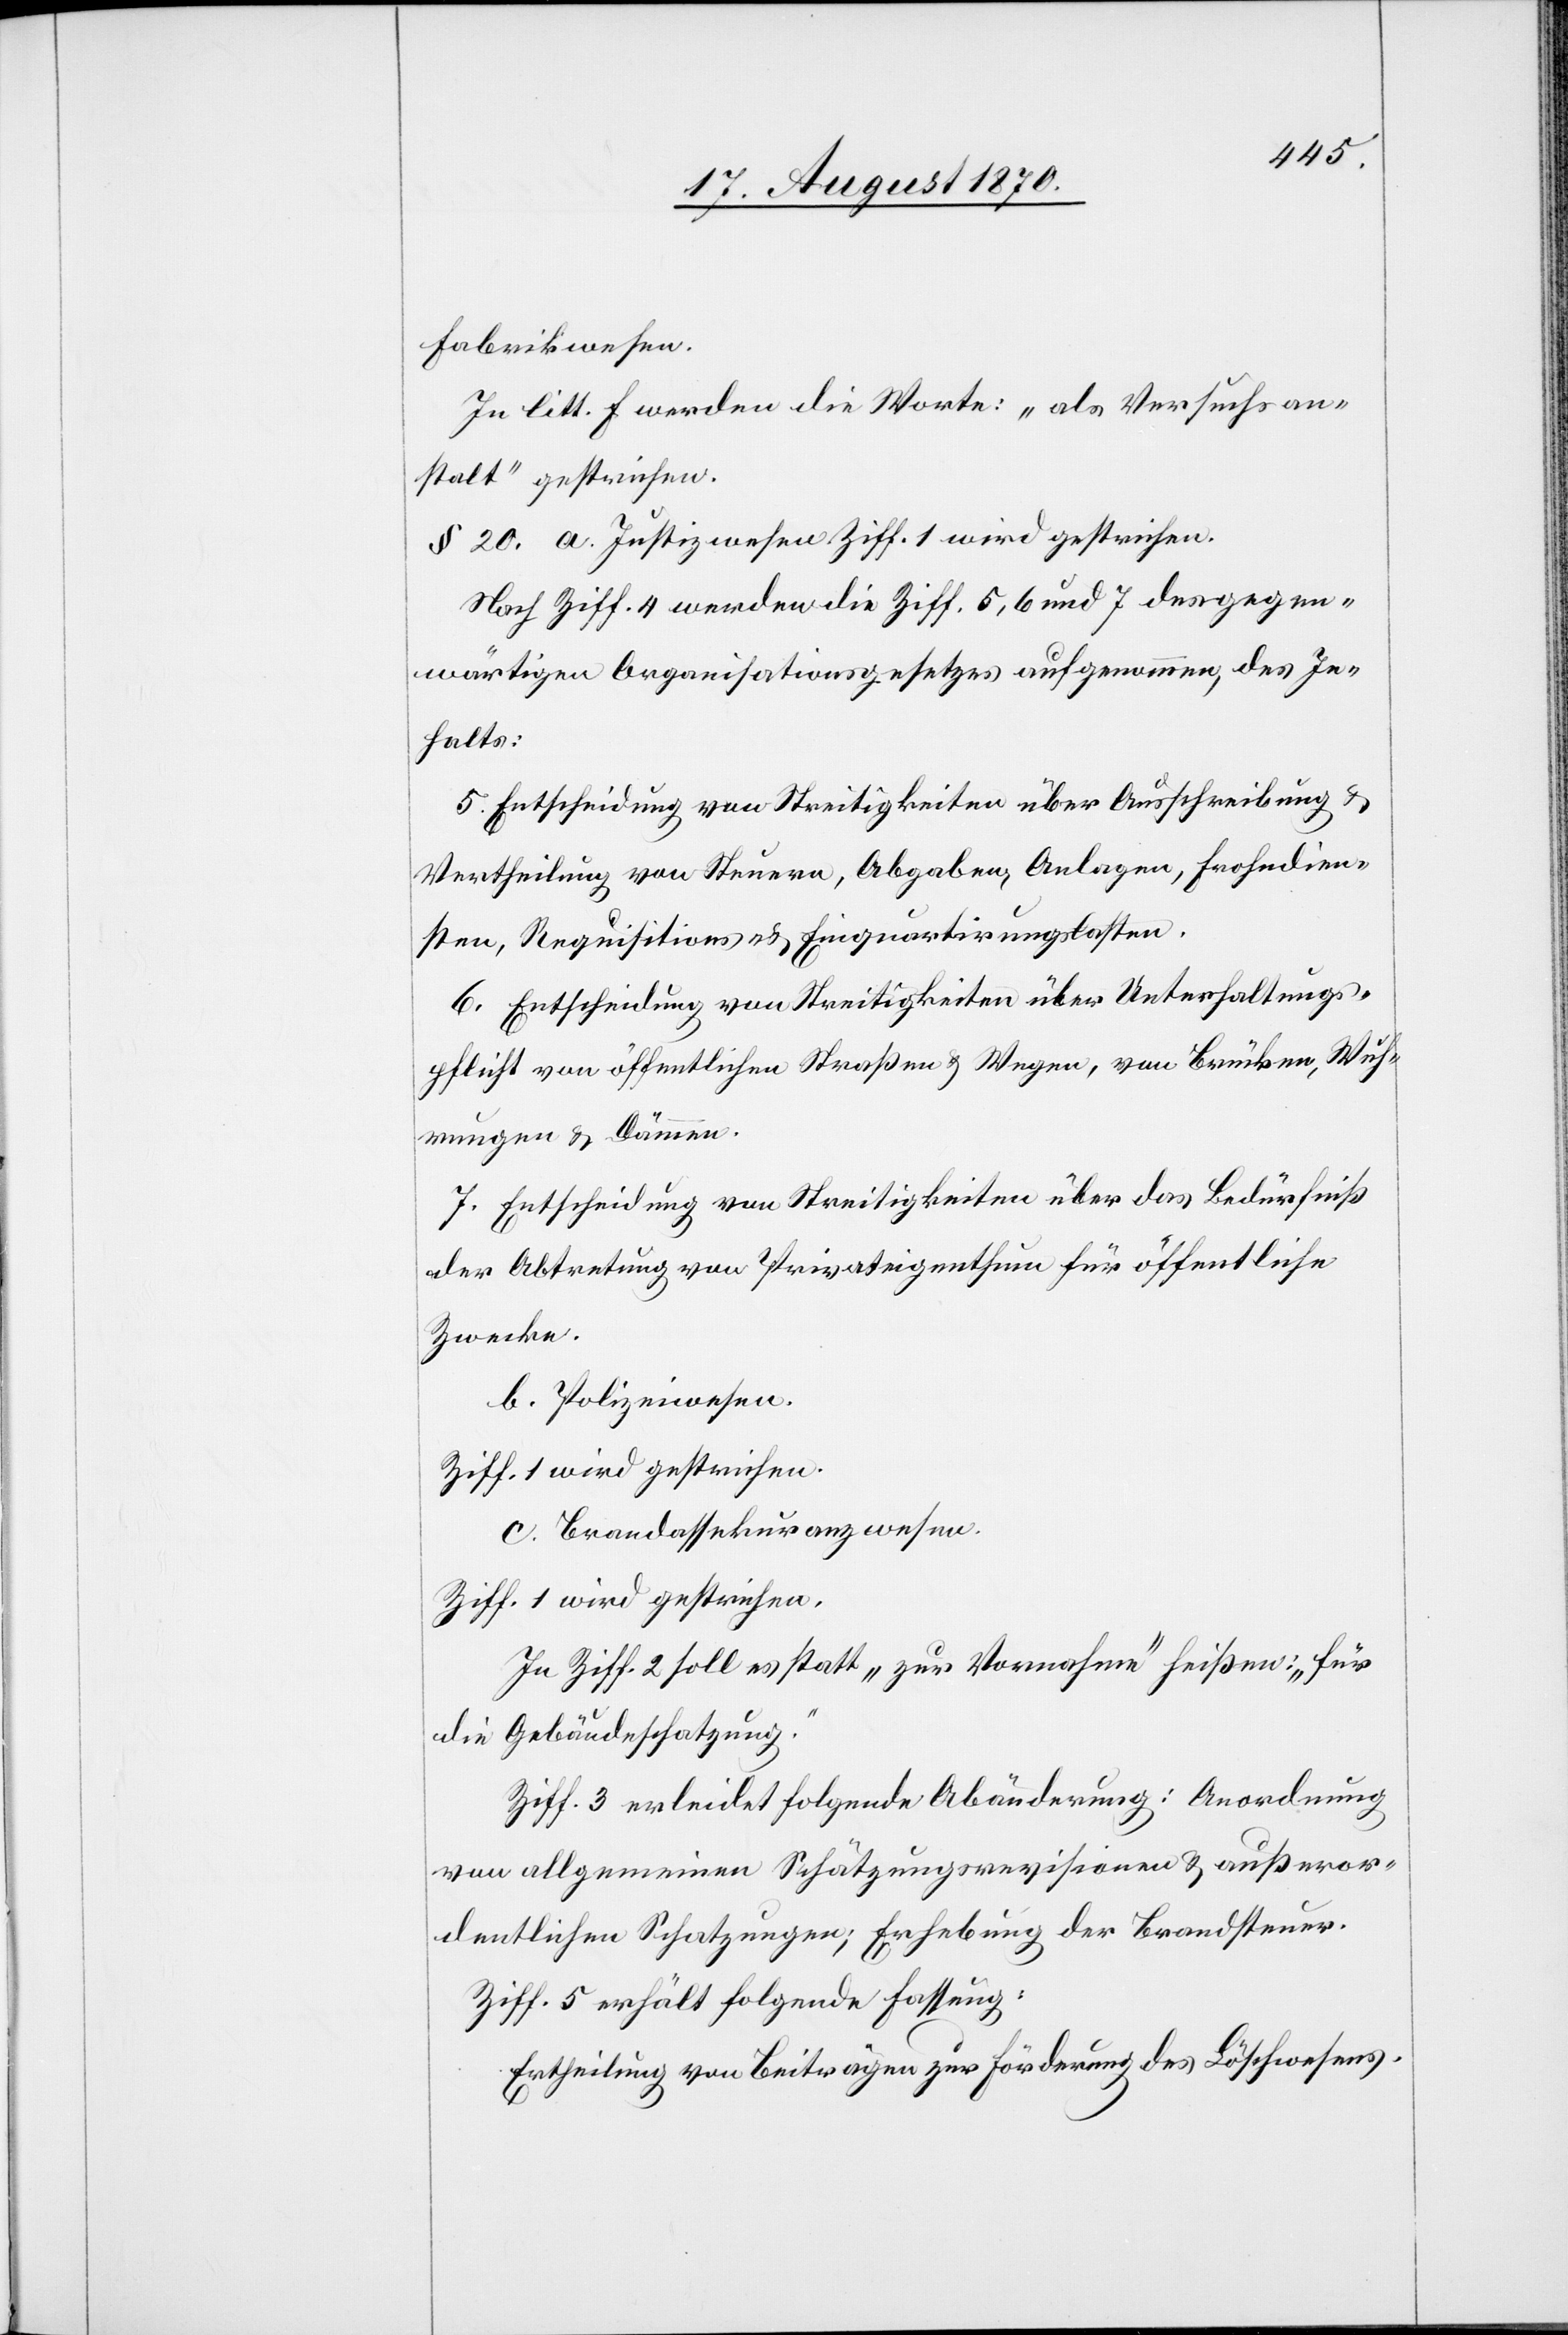
Fabrikwesen.
In litt. f werden die Worte: „als Versuchsan¬
stalt“ gestrichen.
§ 20. a. Justizwesen Ziff. 1 wird gestrichen.
Nach Ziff. 4 werden die Ziff. 5, 6, und 7 des gegen¬
wärtigen Organisationsgesetzes aufgenommen, des In¬
halts:
5. Entscheidung von Streitigkeiten über Ausschreibung &
Vertheilung von Steuern, Abgaben, Anlagen, Frohndien¬
sten, Requisitions- & Einquartierungslasten.
6. Entscheidung von Streitigkeiten über Unterhaltungs¬
pflicht von öffentlichen Straßen & Wegen, von Brücken, Wuh¬
rungen & Dämmen.
7. Entscheidungen von Streitigkeiten über das Bedürfniß
der Abtretung von Privateigenthum für öffentliche
Zwecke.
b. Polizeiwesen.
Ziff. 1 wird gestrichen.
c. Brandassekuranzwesen.
Ziff. 1 wird gestrichen.
In Ziff. 2 soll es statt „zur Vornahme“ heißen: „für
die Gebäudeschatzung.“
Ziff. 3 erleidet folgende Abänderung: Anordnung
von allgemeinen Schätzungsrevisionen & außeror¬
dentlichen Schatzungen; Erhebung der Brandsteuer.
Ziff. 5 erhält folgende Fassung:
Ertheilung von Beiträgen zur Förderung des Löschwesens.